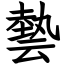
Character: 㙯